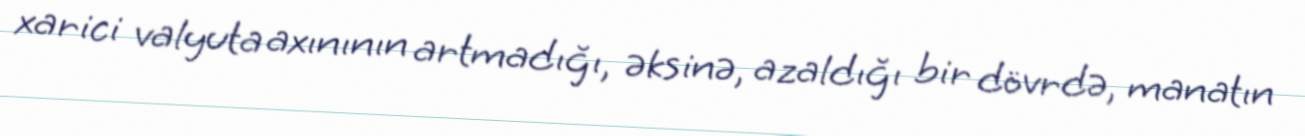
xarici valyuta axınının artmadığı, əksinə, azaldığı bir dövrdə, manatın